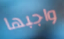
واجبها